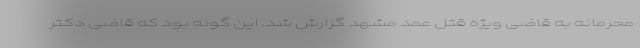
محرمانه به قاضی ویژه قتل عمد مشهد گزارش شد. این گونه بود که قاضی دکتر